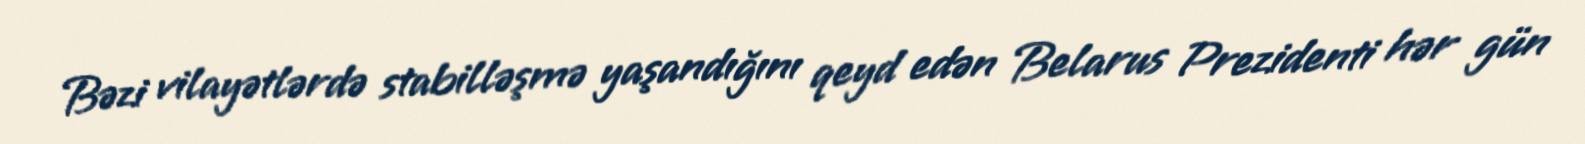
Bəzi vilayətlərdə stabilləşmə yaşandığını qeyd edən Belarus Prezidenti hər gün